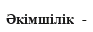
Әкімшілік  -